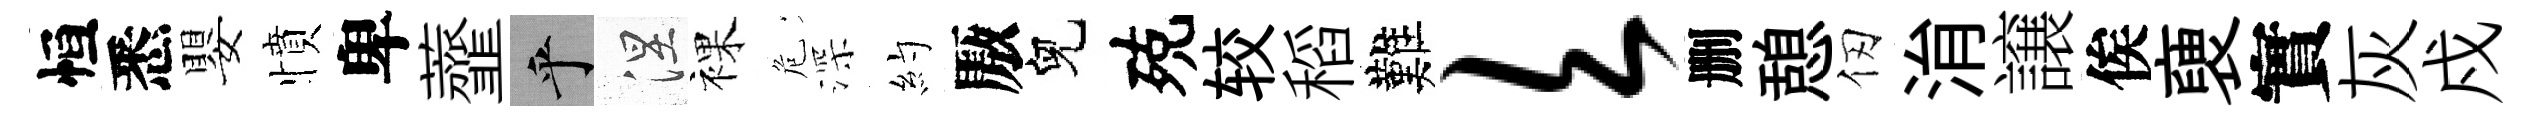
恒悉嬰憤卑虀乎涅裸危深約厫兒殑较稻難欠删憩仞㳙譲俟褏實灰戍